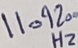
Text: 1109200Hz